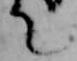
て